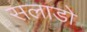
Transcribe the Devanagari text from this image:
सलाडो